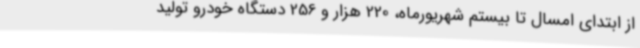
از ابتدای امسال تا بیستم شهریورماه، 220 هزار و 256 دستگاه خودرو تولید